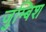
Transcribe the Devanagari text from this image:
जुम्बिश